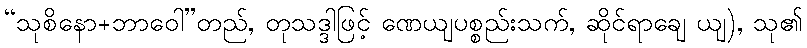
“သုစိနော+ဘာဝေါ”တည်, တုသဒ္ဒါဖြင့် ဏေယျပစ္စည်းသက်, ဆိုင်ရာချေ ယျ), သု၏